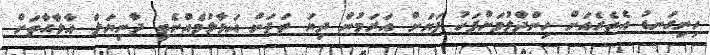
ހިނިގަނޑު އެތެރެއަށް ހިންދާލުމަށްފަހު ފަޔަށް އަރަމުން ދިޔަ ތަދަށް އަޅާލުމެއްނެތި ދާނިޔަލް އާލާގާތަށް